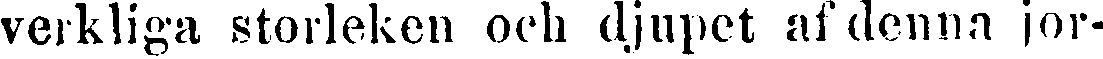
verkliga storleken och djupet af denna jor-